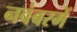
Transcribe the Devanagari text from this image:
नवंबरमें